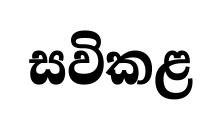
සවිකළ